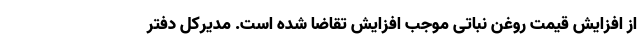
از افزایش قیمت روغن نباتی موجب افزایش تقاضا شده است. مدیرکل دفتر